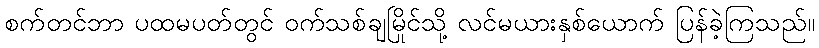
စက်တင်ဘာ ပထမပတ်တွင် ဝက်သစ်ချမြိုင်သို့ လင်မယားနှစ်ယောက် ပြန်ခဲ့ကြသည်။